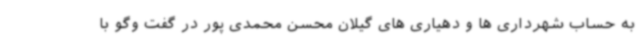
به حساب شهرداری ها و دهیاری های گیلان محسن محمدی پور در گفت وگو با